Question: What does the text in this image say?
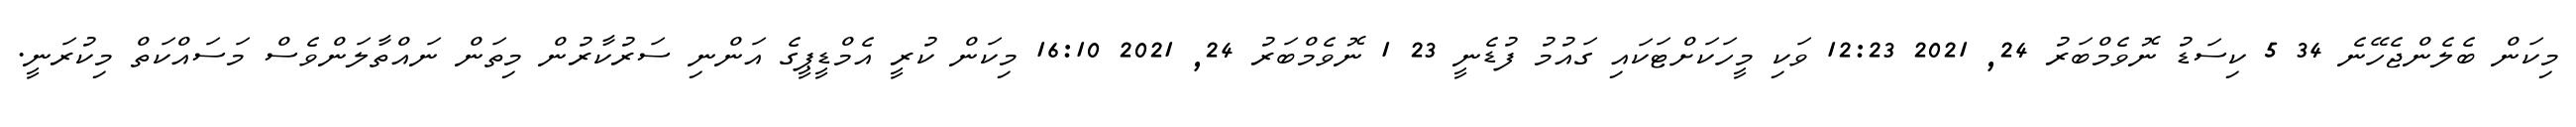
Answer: މިކަން ބެލެންޖެހޭނެ 34 5 ކިސަޑު ނޮވެމްބަރު 24, 2021 12:23 ވަކި މީހަކަށްޓަކައި ގައުމު ފުޑެނީ 23 1 ނޮވެމްބަރު 24, 2021 16:10 މިކަން ކުރީ އެމްޑީޕީގެ އަންނި ސަރުކާރުން މިތަން ނައްތާލަންވެސް މަސައްކަތް މިކުރަނީ.